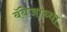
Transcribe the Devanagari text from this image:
बॅबेजाच्या